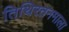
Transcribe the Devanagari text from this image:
तिथिरतनमाला